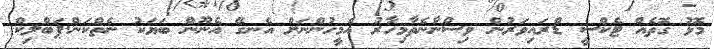
މޮޅު ގޮތެއް ޓެކްސީ ޑްރައިވަރުން ވިސްނާނެތާމިހާރު އެމީހުންނަށް އެނގޭ އެނޫން ބަޔަކު ނެތްކަން.ޕަބްލިކް